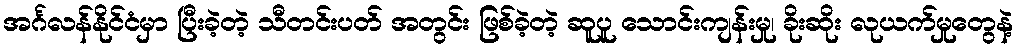
အင်္ဂလန်နိုင်ငံမှာ ပြီးခဲ့တဲ့ သီတင်းပတ် အတွင်း ဖြစ်ခဲ့တဲ့ ဆူပူ သောင်းကျန်းမှု၊ ခိုးဆိုး လုယက်မှုတွေနဲ့